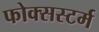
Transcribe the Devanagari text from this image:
फोक्सस्टर्म